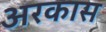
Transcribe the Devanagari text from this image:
अरकास